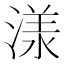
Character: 𣻌